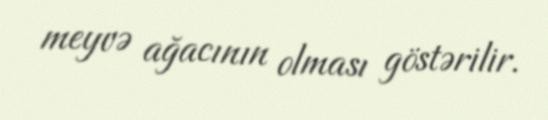
meyvə ağacının olması göstərilir.